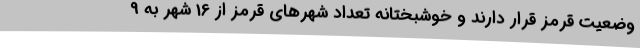
وضعیت قرمز قرار دارند و خوشبختانه تعداد شهرهای قرمز از 16 شهر به 9